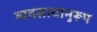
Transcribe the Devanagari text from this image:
व्यवसायानुरूप